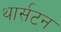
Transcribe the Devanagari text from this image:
थार्सटन